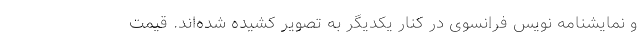
و نمایشنامه نویس فرانسوی در کنار یکدیگر به تصویر کشیده شده‌اند. قیمت